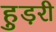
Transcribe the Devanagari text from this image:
हुड़री